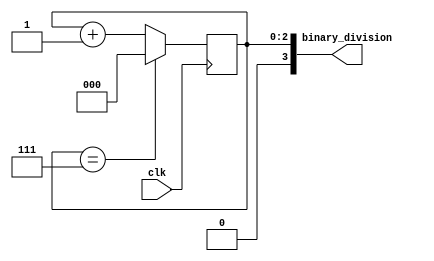
module binary_clock_divider(
    input wire clk,
    output reg [3:0] binary_division
);

reg [2:0] counter;

always @(posedge clk) begin
    if(counter == 7'b111) begin
        counter <= 0;
    end else begin
        counter <= counter + 1;
    end
end

assign binary_division = counter;

endmodule